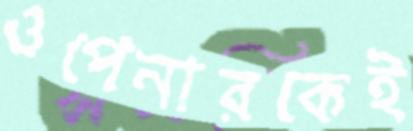
ওপেনারকেই